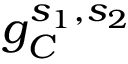
g _ { C } ^ { s _ { 1 } , s _ { 2 } }